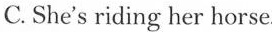
C.She's riding her horse.